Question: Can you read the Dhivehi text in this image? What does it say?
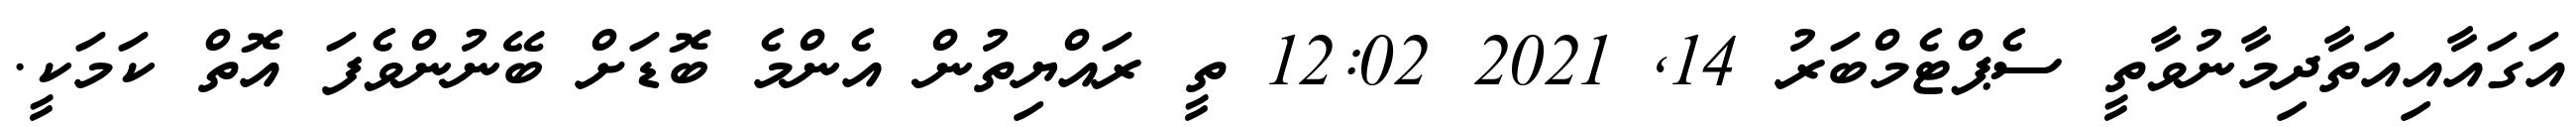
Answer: އަގައާއިއަތާދިމާނުވާތީ ސެޕްޓެމްބަރު 14, 2021 12:02 ތީ ރައްޔިތުން އެންމެ ބޮޑަށް ބޭނުންވެފަ އޮތް ކަމަކީ.